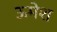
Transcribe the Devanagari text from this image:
ऊमेश